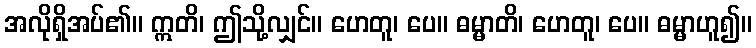
အလိုရှိအပ်၏။ ဣတိ၊ ဤသို့လျှင်။ ဟေတူ၊ ပေ။ ဓမ္မာတိ၊ ဟေတူ၊ ပေ။ ဓမ္မာဟူ၍။